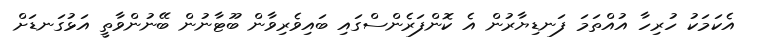
އެކަމަކު ހުރިހާ އުއްތަމަ ފަނޑިޔާރުން އެ ކޮންފަރެންސްގައި ބައިވެރިވާން ބޫޓާނުން ބޭނުންވާތީ އަޅުގަނޑަށް